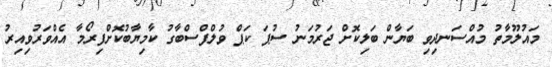
މައުލޫމާތު މުއްސަނދިވި ބަޔާން ބަލިކޮށް ޖަރުމަނު ސުޕަ ކަޕް ވުލްފްސްބާގު ކާމިޔާބުކޮށްފިރޯމާ އެއްވަރުވިއިރު